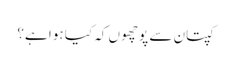
کپتان سے پوچھوں کہ کیا ہوا ہے؟